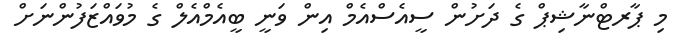
މި ޕާރޓްނާޝިޕް ގެ ދަށުން ސީއެސްއެމް އިން ވަނީ ބީއެމްއެލް ގެ މުވައްޒަފުންނަށް